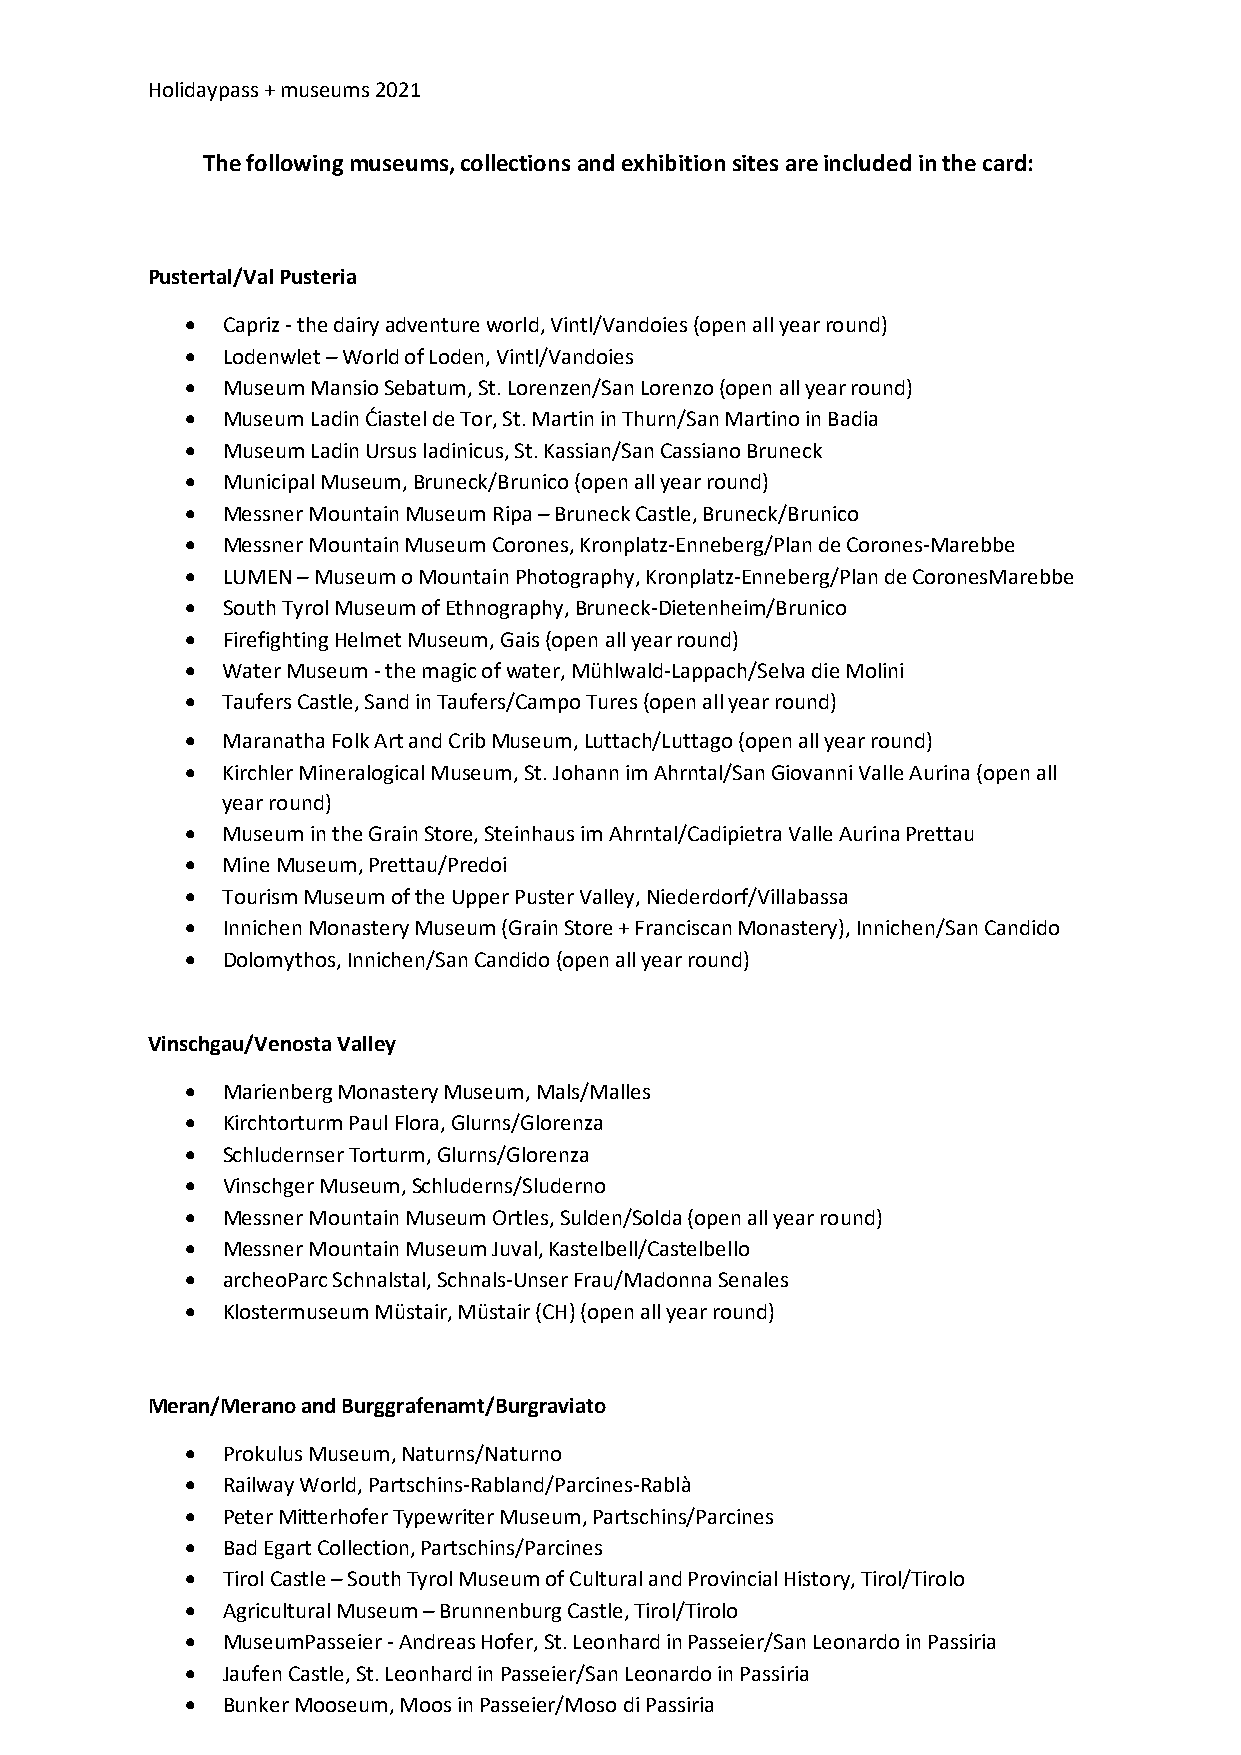
Holidaypass + museums 2021
 The following museums, collections and exhibition sites are included in the card:
 Pustertal/Val Pusteria
 •  Capriz - the dairy adventure world, Vintl/Vandoies (open all year round)
 •  Lodenwlet – World of Loden, Vintl/Vandoies
 •  Museum Mansio Sebatum, St. Lorenzen/San Lorenzo (open all year round)
 •  Museum Ladin Ćiastel de Tor, St. Martin in Thurn/San Martino in Badia
 •  Museum Ladin Ursus ladinicus, St. Kassian/San Cassiano Bruneck
 •  Municipal Museum, Bruneck/Brunico (open all year round)
 •  Messner Mountain Museum Ripa – Bruneck Castle, Bruneck/Brunico
 •  Messner Mountain Museum Corones, Kronplatz-Enneberg/Plan de Corones-Marebbe
 •  LUMEN – Museum o Mountain Photography, Kronplatz-Enneberg/Plan de CoronesMarebbe
 •  South Tyrol Museum of Ethnography, Bruneck-Dietenheim/Brunico
 •  Firefighting Helmet Museum, Gais (open all year round)
 •  Water Museum - the magic of water, Mühlwald-Lappach/Selva die Molini
 •  Taufers Castle, Sand in Taufers/Campo Tures (open all year round)
 •  Maranatha Folk Art and Crib Museum, Luttach/Luttago (open all year round)
 •  Kirchler Mineralogical Museum, St. Johann im Ahrntal/San Giovanni Valle Aurina (open all
 year round)
 •  Museum in the Grain Store, Steinhaus im Ahrntal/Cadipietra Valle Aurina Prettau
 •  Mine Museum, Prettau/Predoi
 •  Tourism Museum of the Upper Puster Valley, Niederdorf/Villabassa
 •  Innichen Monastery Museum (Grain Store + Franciscan Monastery), Innichen/San Candido
 •  Dolomythos, Innichen/San Candido (open all year round)
 Vinschgau/Venosta Valley
 •  Marienberg Monastery Museum, Mals/Malles
 •  Kirchtorturm Paul Flora, Glurns/Glorenza
 •  Schludernser Torturm, Glurns/Glorenza
 •  Vinschger Museum, Schluderns/Sluderno
 •  Messner Mountain Museum Ortles, Sulden/Solda (open all year round)
 •  Messner Mountain Museum Juval, Kastelbell/Castelbello
 •  archeoParc Schnalstal, Schnals-Unser Frau/Madonna Senales
 •  Klostermuseum Müstair, Müstair (CH) (open all year round)
 Meran/Merano and Burggrafenamt/Burgraviato
 •  Prokulus Museum, Naturns/Naturno
 •  Railway World, Partschins-Rabland/Parcines-Rablà
 •  Peter Mitterhofer Typewriter Museum, Partschins/Parcines
 •  Bad Egart Collection, Partschins/Parcines
 •  Tirol Castle – South Tyrol Museum of Cultural and Provincial History, Tirol/Tirolo
 •  Agricultural Museum – Brunnenburg Castle, Tirol/Tirolo
 •  MuseumPasseier - Andreas Hofer, St. Leonhard in Passeier/San Leonardo in Passiria
 •  Jaufen Castle, St. Leonhard in Passeier/San Leonardo in Passiria
 •  Bunker Mooseum, Moos in Passeier/Moso di Passiria